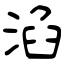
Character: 淊